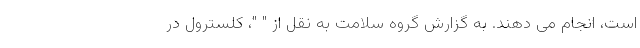
است، انجام می دهند. به گزارش گروه سلامت به نقل از " "، کلسترول در